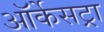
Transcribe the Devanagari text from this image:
ऑर्केसट्रा